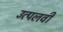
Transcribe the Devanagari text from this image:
उत्पलवी